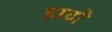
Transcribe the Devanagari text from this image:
हाटो